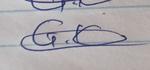
Signature authenticity: genuine